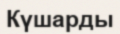
Күшарды